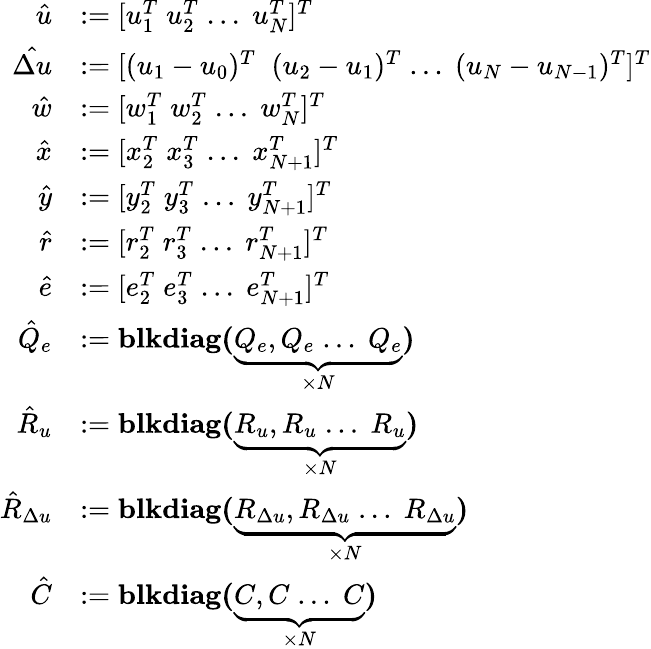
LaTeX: \begin{array}{rl}{\hat{u}}&{:=[u_{1}^{T}\; u_{2}^{T}\; ...\; u_{N}^{T}]^{T}}\\ {\hat{\Delta u}}&{:=[(u_{1}-u_{0})^{T}\; \; (u_{2}-u_{1})^{T}\; ...\; (u_{N}-u_{N-1})^{T}]^{T}}\\ {\hat{w}}&{:=[w_{1}^{T}\; w_{2}^{T}\; ...\; w_{N}^{T}]^{T}}\\ {\hat{x}}&{:=[x_{2}^{T}\; x_{3}^{T}\; ...\; x_{N+1}^{T}]^{T}}\\ {\hat{y}}&{:=[y_{2}^{T}\; y_{3}^{T}\; ...\; y_{N+1}^{T}]^{T}}\\ {\hat{r}}&{:=[r_{2}^{T}\; r_{3}^{T}\; ...\; r_{N+1}^{T}]^{T}}\\ {\hat{e}}&{:=[e_{2}^{T}\; e_{3}^{T}\; ...\; e_{N+1}^{T}]^{T}}\\ {\hat{Q}_{e}}&{:=\textbf{blkdiag(}\underbrace{Q_{e},Q_{e}\; ...\; Q_{e}}_{\times N}\textbf{)}}\\ {\hat{R}_{u}}&{:=\textbf{blkdiag(}\underbrace{R_{u},R_{u}\; ...\; R_{u}}_{\times N}\textbf{)}}\\ {\hat{R}_{\Delta u}}&{:=\textbf{blkdiag(}\underbrace{R_{\Delta u},R_{\Delta u}\; ...\; R_{\Delta u}}_{\times N}\textbf{)}}\\ {\hat{C}}&{:=\textbf{blkdiag(}\underbrace{C,C\; ...\; C}_{\times N}\textbf{)}}\end{array}